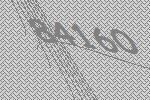
84160